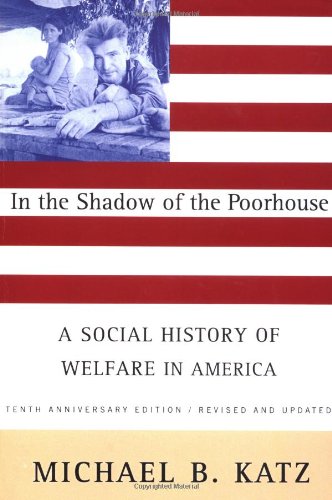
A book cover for In the Shadow Of the Poorhouse: A Social History Of Welfare In America, Tenth Anniversary Edition; Michael B. Katz; Politics & Social Sciences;